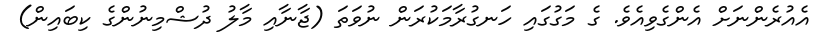
އެއުރެންނަށް އެންގެވިއެވެ. ގެ މަގުގައި ހަނގުރާމަކުރަން ނުވަތަ (ޖާނާއި މާލު ދުޝްމިނުންގެ ކިބައިން)